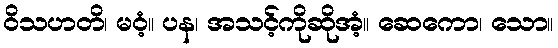
ဝိသဟတိ၊ မဝံ့။ ပန၊ အသင့်ကိုဆိုအံ့။ ဆေကော၊ သော။